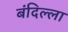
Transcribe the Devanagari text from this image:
बंदिल्ला